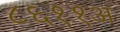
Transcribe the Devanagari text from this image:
८६११अ